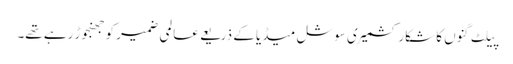
پیلٹ گنوں کا شکار کشمیری سوشل میڈیا کے ذریعے عالمی ضمیر کو جھنجوڑ رہے تھے۔